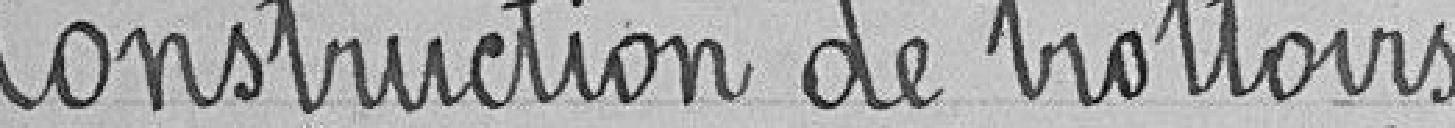
Construction de trottoirs